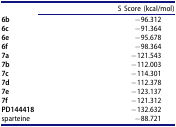
<table><thead><tr><td>[EMPTY_CELL]</td><td><b>S Score (kcal/mol)</b></td></tr></thead><tbody><tr><td><b>6b</b></td><td>−96.312</td></tr><tr><td><b>6c</b></td><td>−91.364</td></tr><tr><td><b>6e</b></td><td>−95.678</td></tr><tr><td><b>6f</b></td><td>−98.364</td></tr><tr><td><b>7a</b></td><td>−121.543</td></tr><tr><td><b>7b</b></td><td>−112.003</td></tr><tr><td><b>7c</b></td><td>−114.301</td></tr><tr><td><b>7d</b></td><td>−112.378</td></tr><tr><td><b>7e</b></td><td>−123.137</td></tr><tr><td><b>7f</b></td><td>−121.312</td></tr><tr><td><b>PD144418</b></td><td>−132.632</td></tr><tr><td>sparteine</td><td>−88.721</td></tr></tbody></table>